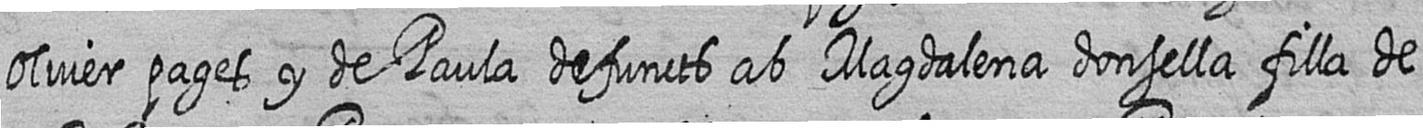
Oliver pages y de Paula defuncts ab Magdalena donsella filla de